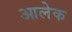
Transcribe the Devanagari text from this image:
आलेक